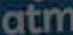
atm